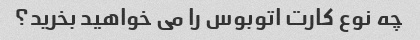
چه نوع کارت اتوبوس را می خواهید بخرید؟